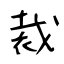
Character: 裁